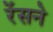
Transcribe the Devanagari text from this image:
रेंसने